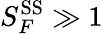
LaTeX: S_{F}^{\textrm{SS}}\gg 1